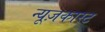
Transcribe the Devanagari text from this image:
न्यूज़कास्ट